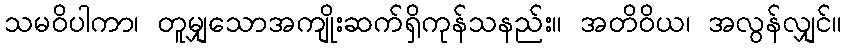
သမဝိပါကာ၊ တူမျှသောအကျိုးဆက်ရှိကုန်သနည်း။ အတိဝိယ၊ အလွန်လျှင်။